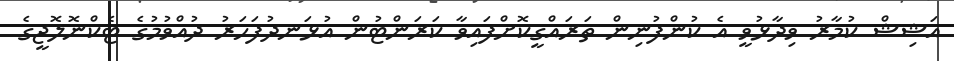
އަޝިޝް ކުމާރު ވިދާޅުވީ އެ ކުންފުނިން ތަރައްގީކޮށްފައިވާ ކަރަންޓުން އުޅަނދުފަހަރު ދުއްވުމުގެ ޓެކްނޮލޮޖީގެ